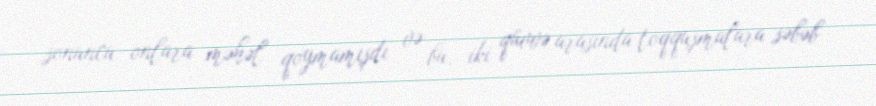
sonuncu onlara məhəl qoymamışdı və bu, iki qüvvə arasında toqquşmalara səbəb